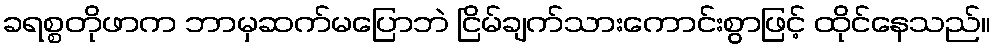
ခရစ္စတိုဖာက ဘာမှဆက်မပြောဘဲ ငြိမ်ချက်သားကောင်းစွာဖြင့် ထိုင်နေသည်။